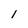
Character: 1